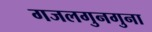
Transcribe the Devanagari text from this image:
गजलगुनगुना